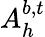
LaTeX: A_{h}^{b,t}